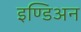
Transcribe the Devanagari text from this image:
इण्डिअन